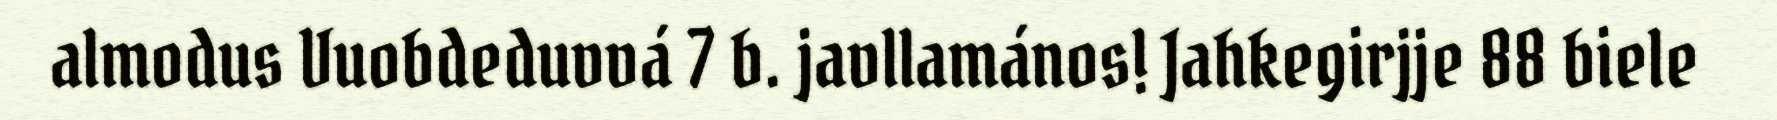
almodus Vuobdeduvvá 7 b. javllamános! Jahkegirjje 88 biele